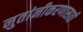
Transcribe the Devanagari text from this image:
नुतांनीकरणासाठी